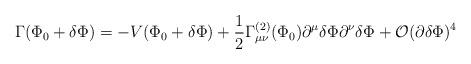
LaTeX: \begin{align*}\Gamma(\Phi_0+\delta\Phi)=-V(\Phi_0+\delta\Phi) +\frac{1}{2}\Gamma_{\mu\nu}^{(2)}(\Phi_0) \partial^\mu \delta\Phi \partial^\nu \delta\Phi +{\cal O}(\partial \delta\Phi)^4 \end{align*}